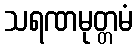
သရဏမုတ္တမံ